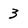
Character: 3